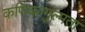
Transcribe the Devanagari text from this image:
कणिकागुल्मता